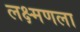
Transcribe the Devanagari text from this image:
लक्ष्मणला